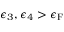
\epsilon _ { 3 } , \epsilon _ { 4 } > \epsilon _ { \mathrm { { F } } }